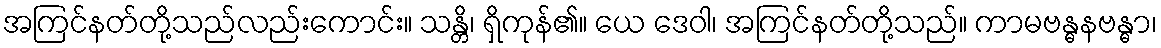
အကြင်နတ်တို့သည်လည်းကောင်း။ သန္တိ၊ ရှိကုန်၏။ ယေ ဒေဝါ၊ အကြင်နတ်တို့သည်။ ကာမဗန္ဓနဗန္ဓာ၊